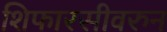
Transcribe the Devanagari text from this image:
शिफारसीवरुन